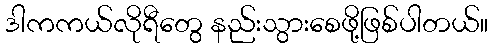
ဒါကကယ်လိုရီတွေ နည်းသွားစေဖို့ဖြစ်ပါတယ်။